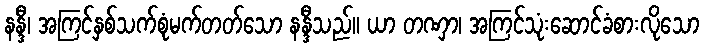
နန္ဒီ၊ အကြင်နှစ်သက်စုံမက်တတ်သော နန္ဒီသည်။ ယာ တဏှာ၊ အကြင်သုံးဆောင်ခံစားလိုသော